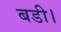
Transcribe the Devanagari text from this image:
बडी।